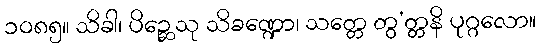
၁၀၈၅။ သိခါ၊ ပိဉ္ဆေသု သိခဏ္ဍော၊ သတ္တေ တွ’တ္တနိ ပုဂ္ဂလော။